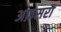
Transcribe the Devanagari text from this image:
अफ़सरौं